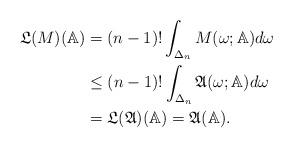
LaTeX: \begin{align*}\frak{L}(M)(\mathbb{A}) & =(n-1)!\int_{\Delta_{n}}M(\omega; \mathbb{A})d \omega \\& \leq(n-1)!\int_{\Delta_{n}}\frak{A}(\omega; \mathbb{A})d \omega \\& =\frak{L}(\frak{A})(\mathbb{A})=\frak{A}(\mathbb{A}).\end{align*}